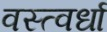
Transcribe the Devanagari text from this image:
वस्त्वर्धा